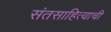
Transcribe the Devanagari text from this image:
संतसाहित्याची